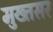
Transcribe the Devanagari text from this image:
मुख्तसर